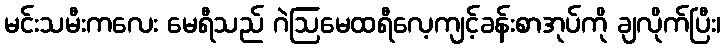
မင်းသမီးကလေး မေရီသည် ဂဲဩမေထရီလေ့ကျင့်ခန်းစာအုပ်ကို ချလိုက်ပြီး၊